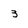
Character: 3